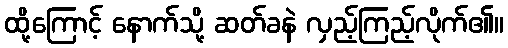
ထို့ကြောင့် နောက်သို့ ဆတ်ခနဲ လှည့်ကြည့်လိုက်၏။